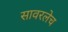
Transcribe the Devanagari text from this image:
सावरलेच